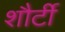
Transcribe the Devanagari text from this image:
शौर्टी